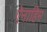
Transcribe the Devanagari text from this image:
ऐनाहिम